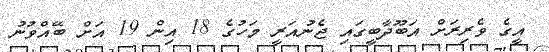
އީގެ ވެރިރަށް އަބޫދާބީގައި ޖެނުއަރީ މަހުގެ 18 އިން 19 އަށް ބޭއްވުނު